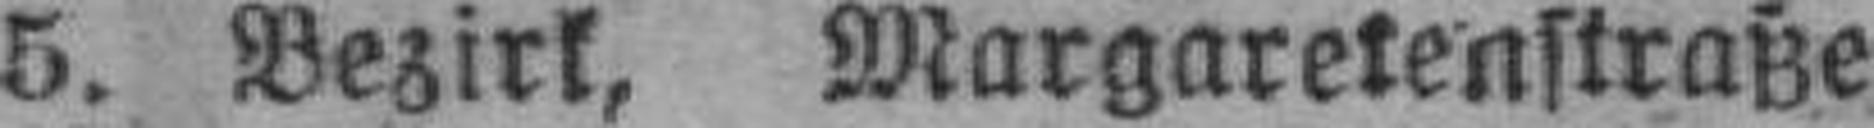
5. Bezirk, Margaretenstraße